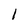
Character: I